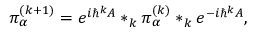
\pi _ { \alpha } ^ { ( k + 1 ) } = e ^ { i \hbar ^ { k } A } * _ { k } \pi _ { \alpha } ^ { ( k ) } * _ { k } e ^ { - i \hbar ^ { k } A } ,